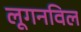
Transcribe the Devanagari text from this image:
लूगनविल